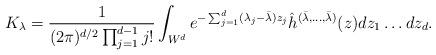
LaTeX: \begin{align*}K_{\lambda} = \frac{1}{(2\pi)^{d/2}\prod_{j=1}^{d-1} j!}\int_{W^d} e^{-\sum_{j=1}^d (\lambda_j - \bar{\lambda} )z_j} \hat{h}^{(\bar{\lambda}, \ldots, \bar{\lambda})}(z) dz_1 \ldots dz_d.\end{align*}